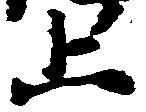
止